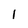
Character: 1